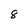
Character: 8